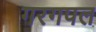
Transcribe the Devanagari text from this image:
गरगपल